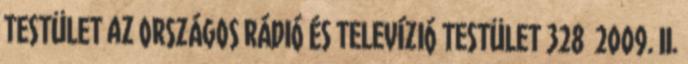
TESTÜLET az ORSZÁGOS RÁDIÓ ÉS TELEVÍZIÓ TESTÜLET 328 2009. II.